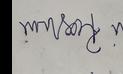
Signature authenticity: forged